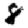
Digit: 8